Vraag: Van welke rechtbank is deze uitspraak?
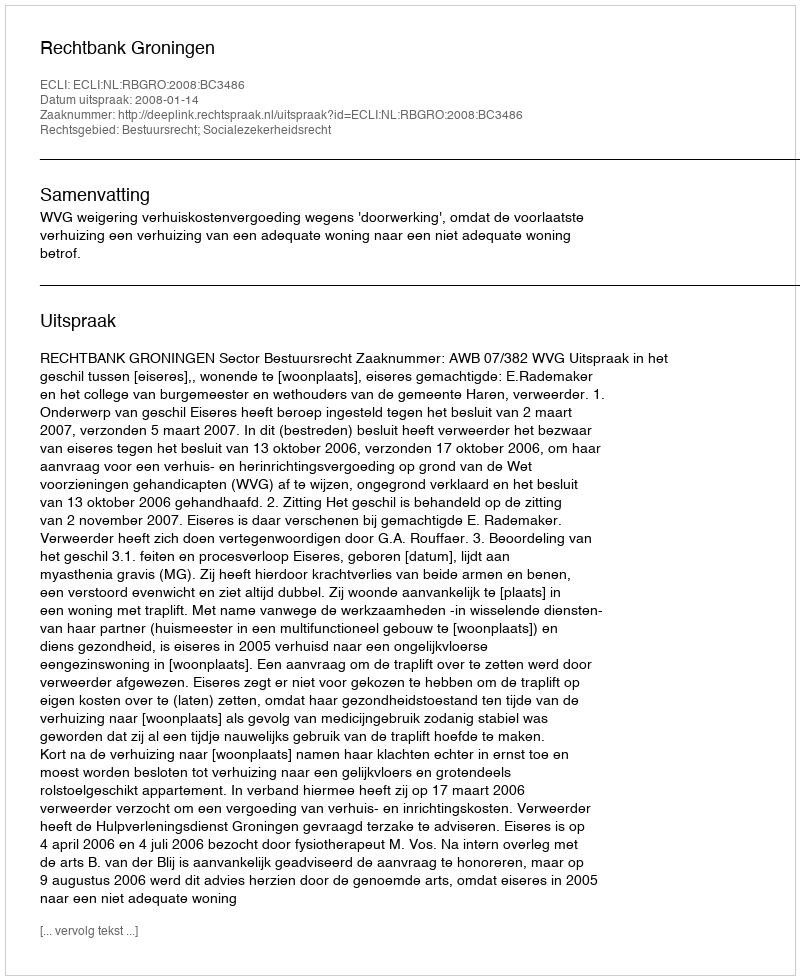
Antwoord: Rechtbank Groningen